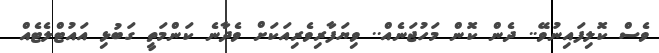
ވެސް ކޮލިފައިނުވޭ.. ދެން ކޮން މަހުޖަނެއް.. ވިޔަފާރިވެރިއަކަށް ވެދާނެ ކަންމަތީ ގަބުޅި އައުޓްލެޓެއް